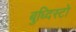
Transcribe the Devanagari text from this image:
बुध्दिस्टो